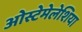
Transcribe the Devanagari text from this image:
ओस्टेमेलेशिया